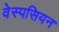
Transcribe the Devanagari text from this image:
वेस्पसियन